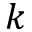
k